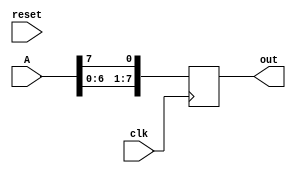
module shift_8_bit(
input clk,
input reset,
input [7:0]A,
output reg[7:0]out
    );
    
    integer i;
    reg [7:0]temp;
    always @(posedge clk)
     begin
      temp[7:0] = A[7:0];
      
      out[0] <= temp[7];
      for(i = 0; i < 7; i = i+1)
       begin
         out[i+1] <= temp[i];
       end
     end
endmodule